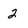
Character: 2